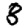
Digit: 8